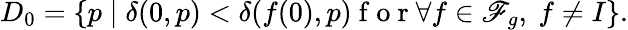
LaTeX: D_{0}=\{ p\mid\delta(0,p)<\delta(f(0),p)\mathrm{~f~o~r~}\forall f\in\mathscr{F}_{g},~f\neq I\} .